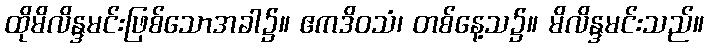
ထိုမိလိန္ဒမင်းဖြစ်သောအခါ၌။ ဧကဒိဝသံ၊ တစ်နေ့သ၌။ မိလိန္ဒမင်းသည်။